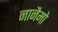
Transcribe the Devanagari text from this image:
नानैमो